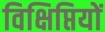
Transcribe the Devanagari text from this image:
विक्षिप्तियों